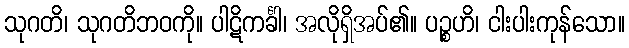
သုဂတိ၊ သုဂတိဘဝကို။ ပါဋိကင်္ခါ၊ အလိုရှိအပ်၏။ ပဉ္စဟိ၊ ငါးပါးကုန်သော။